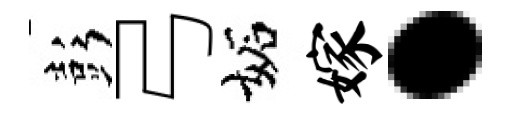
彭弓妬嫁·